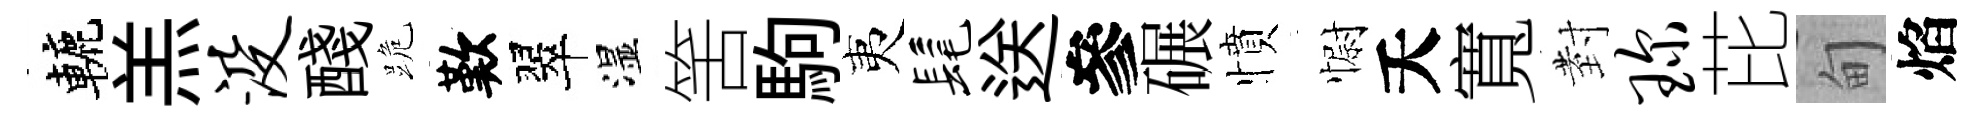
轆羔没醆跪歎翠湿筈駒夷髦送參碾憤𢠢夭寬𭔹琛芘甸焰